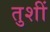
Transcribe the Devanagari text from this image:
तुशीं